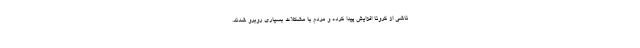
ناشی از کرونا افزایش پیدا کرده و مردم با مشکلات بسیاری روبرو شدند.